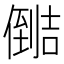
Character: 𰂺